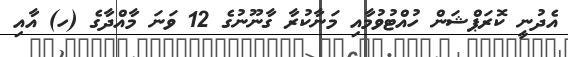
އެދުނީ ކޮރަޕްޝަން ހުއްޓުވުމާއި މަނާކުރާ ގާނޫނުގެ 12 ވަނަ މާއްދާގެ (ހ) އާއި